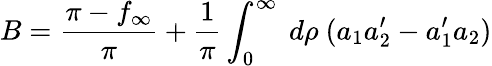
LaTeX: B=\frac{\pi-f_{\infty}}{\pi}+\frac{1}{\pi}\int_{0}^{\infty}~d\rho~(a_{1}a_{2}^{\prime}-a_{1}^{\prime}a_{2})